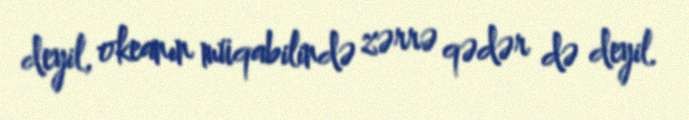
deyil, okeanın müqabilində zərrə qədər də deyil.